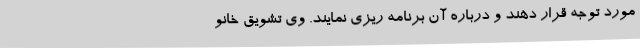
مورد توجه قرار دهند و درباره آن برنامه ریزی نمایند. وی تشویق خانو